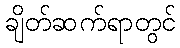
ချိတ်ဆက်ရာတွင်